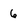
Character: 6